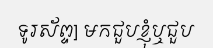
ទូរស័ព្ទ] មកជួបខ្ញុំឬជួប